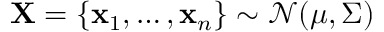
\mathbf { X } = \{ \mathbf { x } _ { 1 } , \dots , \mathbf { x } _ { n } \} \sim { \mathcal { N } } ( { \boldsymbol { \mu } } , { \boldsymbol { \Sigma } } )